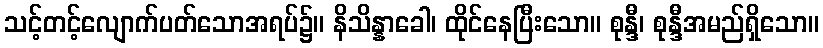
သင့်တင့်လျောက်ပတ်သောအရပ်၌။ နိသိန္နာခေါ၊ ထိုင်နေပြီးသော။ စုန္ဒီ၊ စုန္ဒီအမည်ရှိသော။